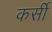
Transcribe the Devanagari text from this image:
कर्सी